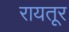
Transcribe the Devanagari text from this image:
रायतूर